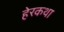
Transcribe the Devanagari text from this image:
हेरकथा